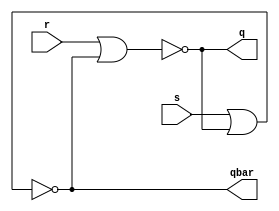
module sr_latch(q, qbar, s, r);

input r, s;
output q, qbar;
nor nor1(q, r, qbar);
nor nor2(qbar, s, q);

endmodule